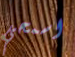
اسمحي